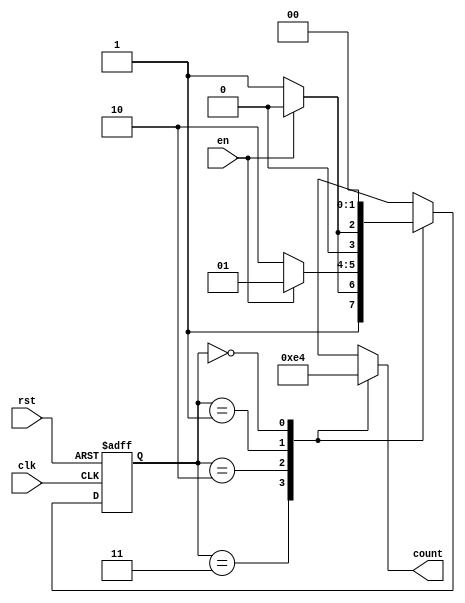
module down_counter(
    input wire clk,          // Clock signal
    input wire rst,          // Asynchronous reset
    input wire en,           // Enable signal
    output reg [1:0] count   // 2-bit output count value
);

// State encoding
localparam STATE_3 = 2'b11; // State 3
localparam STATE_2 = 2'b10; // State 2
localparam STATE_1 = 2'b01; // State 1
localparam STATE_0 = 2'b00; // State 0

// Current state register
reg [1:0] current_state, next_state;

// Sequential logic: state transition on the clock edge
always @(posedge clk or posedge rst) begin
    if (rst) begin
        current_state <= STATE_3; // Reset to State 3
    end else begin
        current_state <= next_state; // Transition to next state
    end
end

// Combinational logic: determine next state
always @(*) begin
    case (current_state)
        STATE_3: begin
            if (en) 
                next_state = STATE_2; // Transition to State 2
            else 
                next_state = STATE_3; // Maintain State 3
        end
        STATE_2: begin
            if (en) 
                next_state = STATE_1; // Transition to State 1
            else 
                next_state = STATE_2; // Maintain State 2
        end
        STATE_1: begin
            if (en) 
                next_state = STATE_0; // Transition to State 0
            else 
                next_state = STATE_1; // Maintain State 1
        end
        STATE_0: begin
            next_state = STATE_0; // Maintain State 0
        end
        default: begin
            next_state = STATE_3; // Default to State 3
        end
    endcase
end

// Output logic based on the current state
always @(*) begin
    case (current_state)
        STATE_3: count = 2'b11; // Output: 3
        STATE_2: count = 2'b10; // Output: 2
        STATE_1: count = 2'b01; // Output: 1
        STATE_0: count = 2'b00; // Output: 0
        default: count = 2'b11;  // Default case
    endcase
end

endmodule